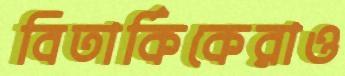
বিতার্কিকেরাও